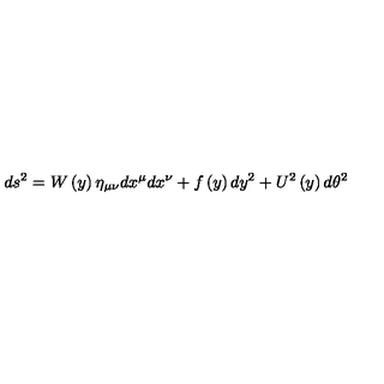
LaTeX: d s ^ { 2 } = W \left( y \right) \eta _ { \mu \nu } d x ^ { \mu } d x ^ { \nu } + f \left( y \right) d y ^ { 2 } + U ^ { 2 } \left( y \right) d \theta ^ { 2 }